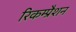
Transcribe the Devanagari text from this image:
रिकम्प्रैशन